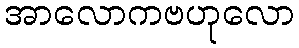
အာလောကဗဟုလော